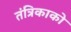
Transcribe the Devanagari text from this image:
तंत्रिकाको